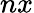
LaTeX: nx